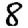
Digit: 8